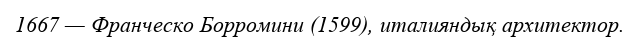
1667 — Франческо Борромини (1599), италияндық архитектор.